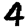
Digit: 4